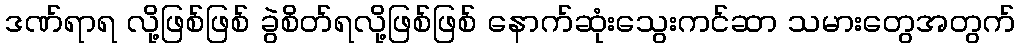
ဒဏ်ရာရ လို့ဖြစ်ဖြစ် ခွဲစိတ်ရလို့ဖြစ်ဖြစ် နောက်ဆုံးသွေးကင်ဆာ သမားတွေအတွက်